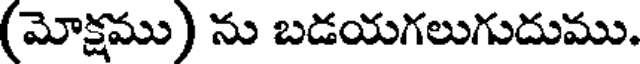
(మోక్షము) ను బడయగలుగుదుము.